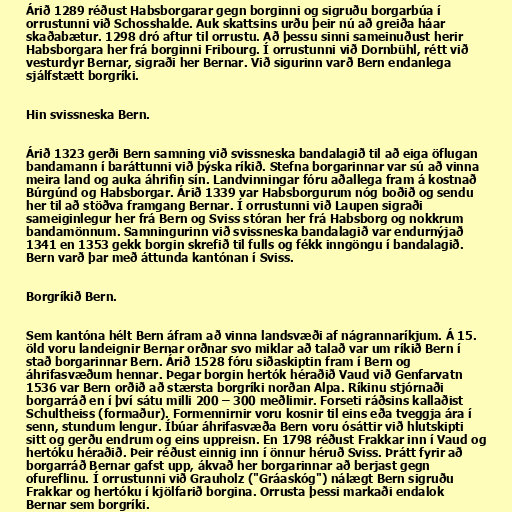
Árið 1289 réðust Habsborgarar gegn borginni og sigruðu borgarbúa í
orrustunni við Schosshalde. Auk skattsins urðu þeir nú að greiða háar
skaðabætur. 1298 dró aftur til orrustu. Að þessu sinni sameinuðust herir
Habsborgara her frá borginni Fribourg. Í orrustunni við Dornbühl, rétt við
vesturdyr Bernar, sigraði her Bernar. Við sigurinn varð Bern endanlega
sjálfstætt borgríki.

Hin svissneska Bern.

Árið 1323 gerði Bern samning við svissneska bandalagið til að eiga öflugan
bandamann í baráttunni við þýska ríkið. Stefna borgarinnar var sú að vinna
meira land og auka áhrifin sín. Landvinningar fóru aðallega fram á kostnað
Búrgúnd og Habsborgar. Árið 1339 var Habsborgurum nóg boðið og sendu
her til að stöðva framgang Bernar. Í orrustunni við Laupen sigraði
sameiginlegur her frá Bern og Sviss stóran her frá Habsborg og nokkrum
bandamönnum. Samningurinn við svissneska bandalagið var endurnýjað
1341 en 1353 gekk borgin skrefið til fulls og fékk inngöngu í bandalagið.
Bern varð þar með áttunda kantónan í Sviss.

Borgríkið Bern.

Sem kantóna hélt Bern áfram að vinna landsvæði af nágrannaríkjum. Á 15.
öld voru landeignir Bernar orðnar svo miklar að talað var um ríkið Bern í
stað borgarinnar Bern. Árið 1528 fóru siðaskiptin fram í Bern og
áhrifasvæðum hennar. Þegar borgin hertók héraðið Vaud við Genfarvatn
1536 var Bern orðið að stærsta borgríki norðan Alpa. Ríkinu stjórnaði
borgarráð en í því sátu milli 200 – 300 meðlimir. Forseti ráðsins kallaðist
Schultheiss (formaður). Formennirnir voru kosnir til eins eða tveggja ára í
senn, stundum lengur. Íbúar áhrifasvæða Bern voru ósáttir við hlutskipti
sitt og gerðu endrum og eins uppreisn. En 1798 réðust Frakkar inn í Vaud og
hertóku héraðið. Þeir réðust einnig inn í önnur héruð Sviss. Þrátt fyrir að
borgarráð Bernar gafst upp, ákvað her borgarinnar að berjast gegn
ofureflinu. Í orrustunni við Grauholz ("Gráaskóg") nálægt Bern sigruðu
Frakkar og hertóku í kjölfarið borgina. Orrusta þessi markaði endalok
Bernar sem borgríki.